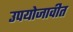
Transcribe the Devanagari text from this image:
उपयोजावीत